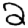
Digit: 2